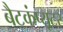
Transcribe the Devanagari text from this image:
बैटकंप्यूटर